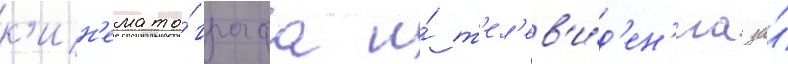
к'ин'емато́графа и́ т'ел'ев'и́д'ен'иа за́